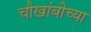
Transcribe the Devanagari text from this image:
चौखांबीच्या